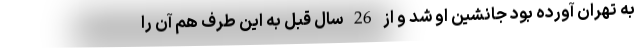
به تهران آورده بود جانشین او شد و از 26 سال قبل به این طرف هم آن را